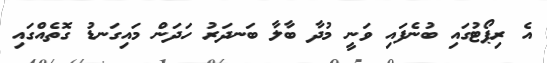
އެ ރިޕޯޓުގައި ބުނެފައި ވަނީ މުދާ ބާލާ ބަނދަރު ހަދަން މައިގަނޑު ގޮތެއްގައި